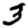
Digit: 3